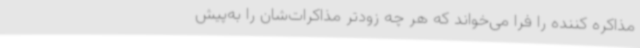
مذاکره کننده را فرا می‌خواند که هر چه زودتر مذاکرات‌شان را به‌پیش